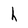
Character: h